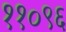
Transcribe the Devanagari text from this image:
११०९६